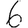
Digit: 6